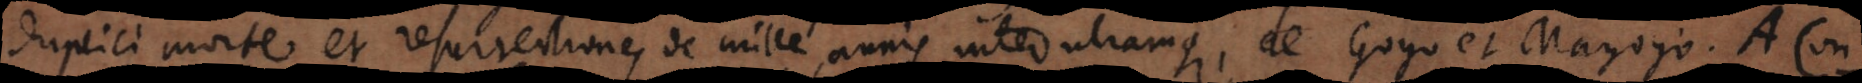
duplici morte et resurrectione, de mille annis inter utramque, de Gogo et Magogo. A Const